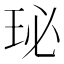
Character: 珌